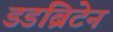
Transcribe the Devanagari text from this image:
डडब्रिटेन